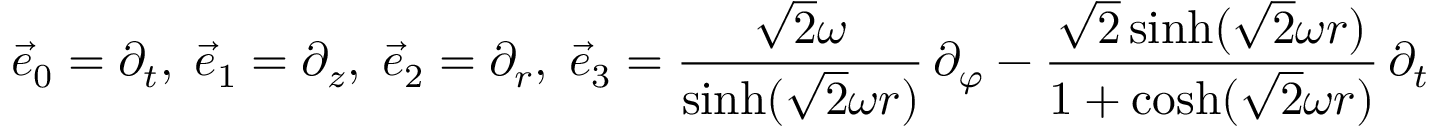
{ \vec { e } } _ { 0 } = \partial _ { t } , \; { \vec { e } } _ { 1 } = \partial _ { z } , \; { \vec { e } } _ { 2 } = \partial _ { r } , \; { \vec { e } } _ { 3 } = { \frac { { \sqrt { 2 } } \omega } { \sinh ( { \sqrt { 2 } } \omega r ) } } \, \partial _ { \varphi } - { \frac { { \sqrt { 2 } } \sinh ( { \sqrt { 2 } } \omega r ) } { 1 + \cosh ( { \sqrt { 2 } } \omega r ) } } \, \partial _ { t }